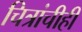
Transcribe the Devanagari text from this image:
चित्रांचीही